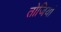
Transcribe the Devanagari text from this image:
तोजियां